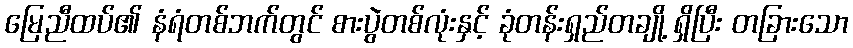
မြေညီထပ်၏ နံရံတစ်ဘက်တွင် စားပွဲတစ်လုံးနှင့် ခုံတန်းရှည်တချို့ ရှိပြီး တခြားသော